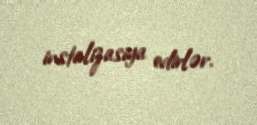
instalizasiya edirlər.